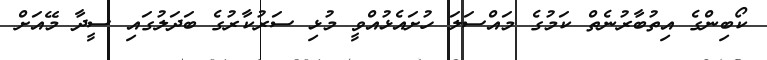
ކޯބިންގެ އިތުބާރުނެތް ކަމުގެ މައްސަލަ ހުށައެޅުއްވީ މުޅި ސަރުކާރުގެ ބަދަލުގައި ސީދާ މޭއަށް